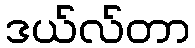
ဒယ်လ်တာ